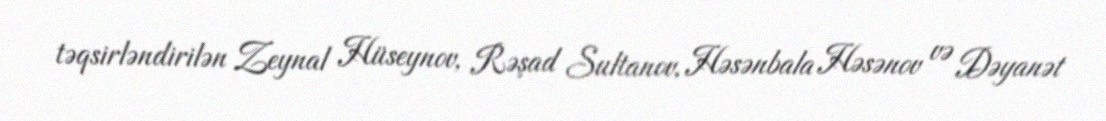
təqsirləndirilən Zeynal Hüseynov, Rəşad Sultanov, Həsənbala Həsənov və Dəyanət